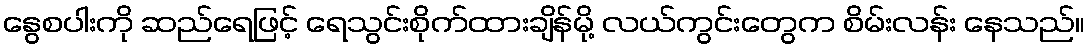
နွေစပါးကို ဆည်ရေဖြင့် ရေသွင်းစိုက်ထားချိန်မို့ လယ်ကွင်းတွေက စိမ်းလန်း နေသည်။